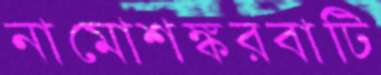
নামোশঙ্করবাটি